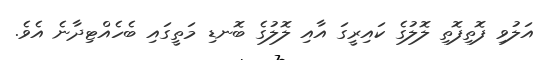
އަލުވި ފޮތިފޮތި ލޮލުގެ ކައިރީގަ އާއި ލޮލުގެ ބޮނޑި މަތީގައި ބެހެއްޓިދާނެ އެވެ.